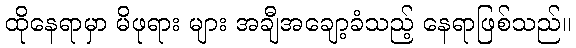
ထိုနေရာမှာ မိဖုရား များ အချီအချော့ခံသည့် နေရာဖြစ်သည်။